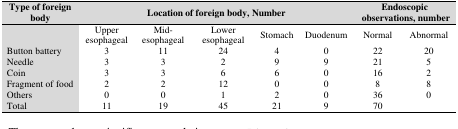
| Type of foreign body | <COLSPAN=5> Location of foreign body, Number | <COLSPAN=2> Endoscopic observations, number |
 | --- | --- | --- | --- | --- | --- | --- | --- |
 |  | Upper esophageal | Mid-esophageal | Lower esophageal | Stomach | Duodenum | Normal | Abnormal |
 | Button battery | 3 | 11 | 24 | 4 | 0 | 22 | 20 |
 | Needle | 3 | 3 | 2 | 9 | 9 | 21 | 5 |
 | Coin | 3 | 3 | 6 | 6 | 0 | 16 | 2 |
 | Fragment of food | 2 | 2 | 12 | 0 | 0 | 8 | 8 |
 | Others | 0 | 0 | 1 | 2 | 0 | 36 | 0 |
 | Total | 11 | 19 | 45 | 21 | 9 | 70 |  |